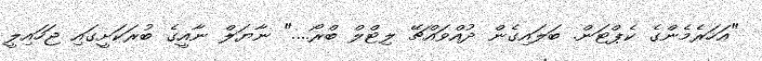
"އަހަރެމެންގެ ކެޕްޓަން. ބަލައިގެން ދުއްވައްޗޭ ލިޓްލް ބްރޯ...." ނާޔަލް ނާއީގެ ބުރަކަށީގައި ޖަހައިލީ